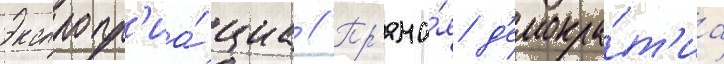
Экспропр'иа́циа // Пр'яма́я д'емокра́т'иа